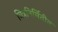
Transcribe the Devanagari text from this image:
चित्रनिर्मितीत